Account of plague administration in the Bombay Presidency from September 1896 till May 1897
Year: 1896
Disease focus: Plague
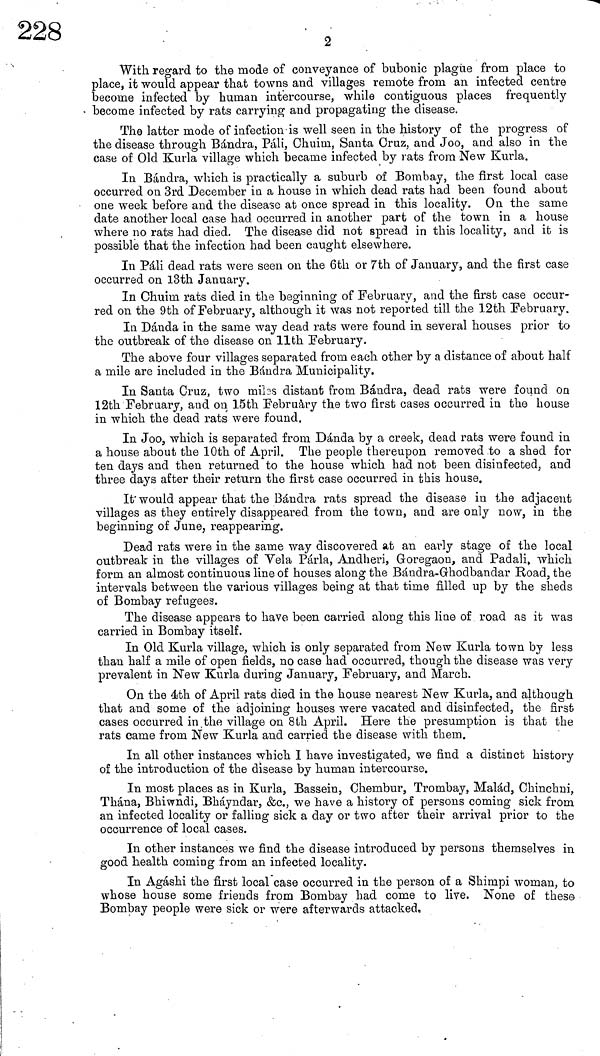
2
With regard to the mode of conveyance of bubonic plague from place to
place, it would appear that towns and villages remote from an infected centre
become infected by human intercourse, while contiguous places frequently
become infected by rats carrying and propagating the disease.
The latter mode of infection is well seen in the history of the progress of
the disease through Bándra, Pali, Chuim, Santa Cruz, and Joo, and also in the
case of Old Kurla village which became infected by rats from New Kurla.
In Bándra, which is practically a suburb of Bombay, the first local case
occurred on 3rd December in a house in which dead rats had been found about
one week before and the disease at once spread in this locality. On the same
date another local case had occurred in another part of the town in a house
where no rats had died. The disease did not spread in this locality, and it is
possible that the infection had been caught elsewhere.
In Pali dead rats were seen on the 6th or 7th of January, and the first case
occurred on 18th January.
In Chuim rats died in the beginning of February, and the first case occur-
red on the 9th of February, although it was not reported till the 12th February.
In Dánda in the same way dead rats were found in several houses prior to
the outbreak of the disease on llth February.
The above four villages separated from each other by a distance of about half
a mile are included in the Bándra Municipality.
In Santa Cruz, two miles distant from Bándra, dead rats were found on
12th February, and on 15th February the two first cases occurred in the house
in which the dead rats were found.
In Joo, which is separated from Dánda by a creek, dead rats were found in
a house about the 10th of April. The people thereupon removed to a shed for
ten days and then returned to the house which had not been disinfected, and
three days after their return the first case occurred in this house.
It would appear that the Bándra rats spread the disease in the adjacent
villages as they entirely disappeared from the town, and are only now, in the
beginning of June, reappearing.
Dead rats were in the same way discovered at an early stage of the local
outbreak in the villages of Vela Parla, Andheri, Goregaon, and Padali, which
form an almost continuous line of houses along the Bándra-Ghodbandar Road, the
intervals between the various villages being at that time filled up by the sheds
of Bombay refugees.
The disease appears to have been carried along this line of road as it was
carried in Bombay itself.
In Old Kurla village, which is only separated from New Kurla town by less
than half a mile of open fields, no case had occurred, though the disease was very
prevalent in New Kurla during January, February, and March.
On the 4th of April rats died in the house nearest New Kurla, and although
that and some of the adjoining houses were vacated and disinfected, the first
cases occurred in the village on 8th April. Here the presumption is that the
rats came from New Kurla and carried the disease with them.
In all other instances which I have investigated, we find a distinct history
of the introduction of the disease by human intercourse.
In most places as in Kurla, Bassein, Chembur, Trombay, Malád, Chinchni,
Thána, Bhiwndi, Bhayndar, &c., we have a history of persons coming sick from
an infected locality or falling sick a clay or two after their arrival prior to the
occurrence of local cases.
In other instances we find the disease introduced by persons themselves in
good health coming from an infected locality.
In Agáshi the first local case occurred in the person of a Shimpi woman, to
whose house some friends from Bombay had come to live. None of these
Bombay people were sick or were afterwards attacked.